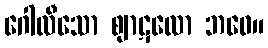
ဂေါလီသော ဈာဋလော ဘဝေ။